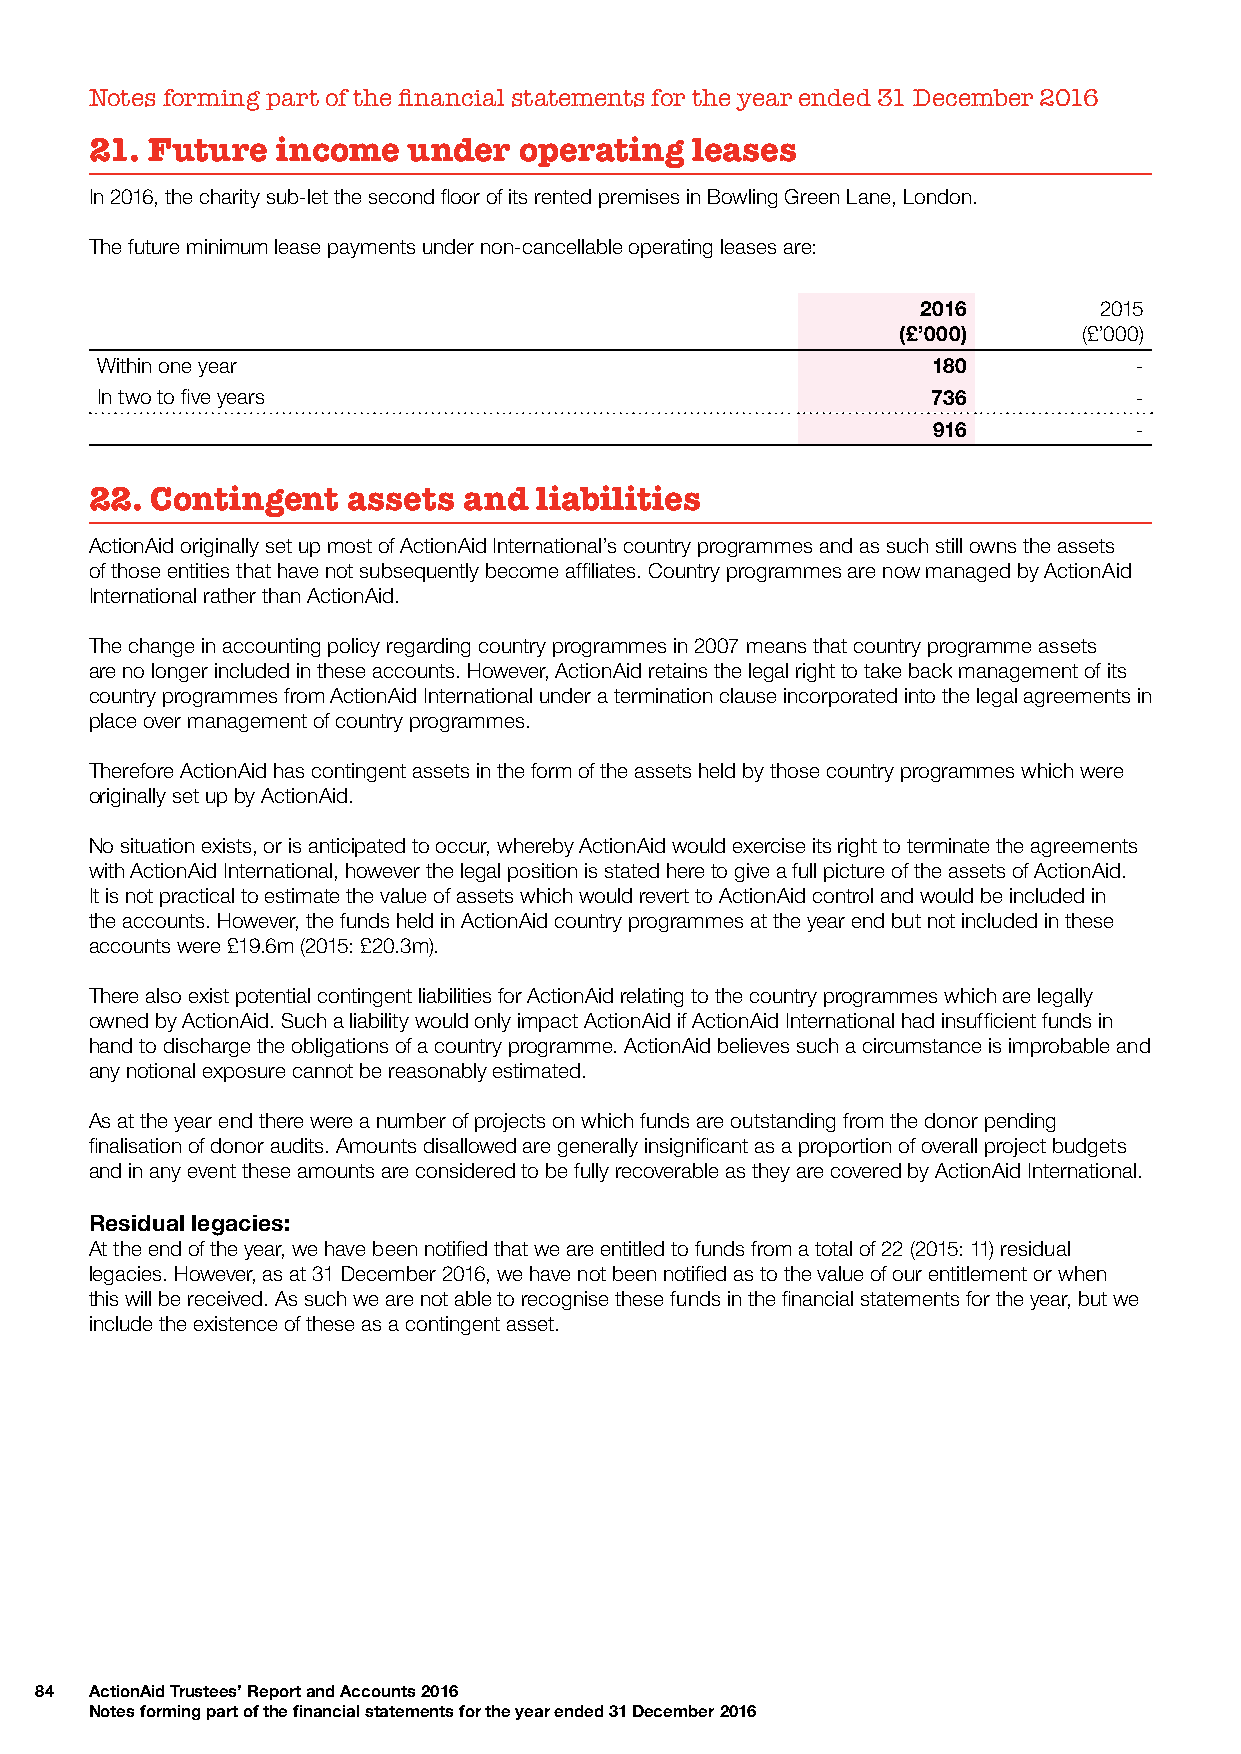
Notes forming part of the financial statements for the year ended 31 December 2016
 21. Future  income   under  operating   leases
 In 2016, the charity sub-let the second floor of its rented premises in Bowling Green Lane, London.
 The future minimum lease payments under non-cancellable operating leases are:
 2016        2015
 (£’000)     (£’000)
 Within one year                                         180          -
 In two to five years                                    736          -
 916          -
 22. Contingent   assets  and liabilities
 ActionAid originally set up most of ActionAid International’s country programmes and as such still owns the assets
 of those entities that have not subsequently become affiliates. Country programmes are now managed by ActionAid
 International rather than ActionAid.
 The change in accounting policy regarding country programmes in 2007 means that country programme assets
 are no longer included in these accounts. However, ActionAid retains the legal right to take back management of its
 country programmes from ActionAid International under a termination clause incorporated into the legal agreements in
 place over management of country programmes.
 Therefore ActionAid has contingent assets in the form of the assets held by those country programmes which were
 originally set up by ActionAid.
 No situation exists, or is anticipated to occur, whereby ActionAid would exercise its right to terminate the agreements
 with ActionAid International, however the legal position is stated here to give a full picture of the assets of ActionAid.
 It is not practical to estimate the value of assets which would revert to ActionAid control and would be included in
 the accounts. However, the funds held in ActionAid country programmes at the year end but not included in these
 accounts were £19.6m (2015: £20.3m).
 There also exist potential contingent liabilities for ActionAid relating to the country programmes which are legally
 owned by ActionAid. Such a liability would only impact ActionAid if ActionAid International had insufficient funds in
 hand to discharge the obligations of a country programme. ActionAid believes such a circumstance is improbable and
 any notional exposure cannot be reasonably estimated.
 As at the year end there were a number of projects on which funds are outstanding from the donor pending
 finalisation of donor audits. Amounts disallowed are generally insignificant as a proportion of overall project budgets
 and in any event these amounts are considered to be fully recoverable as they are covered by ActionAid International.
 Residual legacies:
 At the end of the year, we have been notified that we are entitled to funds from a total of 22 (2015: 11) residual
 legacies. However, as at 31 December 2016, we have not been notified as to the value of our entitlement or when
 this will be received. As such we are not able to recognise these funds in the financial statements for the year, but we
 include the existence of these as a contingent asset.
 84  ActionAid Trustees’ Report and Accounts 2016
 Notes forming part of the financial statements for the year ended 31 December 2016